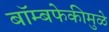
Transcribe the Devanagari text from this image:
बॉम्बफेकीमुळे